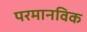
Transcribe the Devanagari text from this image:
परमानविक